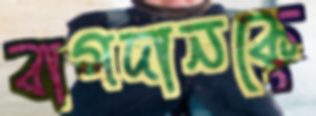
বাগদানকে